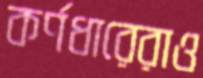
কর্ণধারেরাও